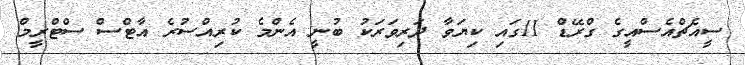
ސީއެޗްއެސްއީގެ ގްރޭޑް 11ގައި ކިޔަވާ ދަރިވަރަކު ބުނީ އެންމެ ކުރިއްސުރެ އާޓްސް ސްޓްރީމް